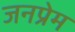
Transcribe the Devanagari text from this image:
जनप्रेम